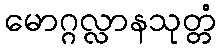
မောဂ္ဂလ္လာနသုတ္တံ